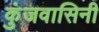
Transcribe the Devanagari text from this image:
कुंजवासिनी